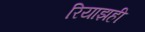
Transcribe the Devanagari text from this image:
रियाझही